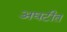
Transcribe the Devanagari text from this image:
अघटीत